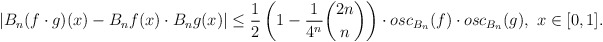
\begin{align*}\left|B_n(f\cdot g)(x)-B_nf(x)\cdot B_ng(x)\right|\leq\frac{1}{2}\left(1-\frac{1}{4^n}\binom{2n}{n}\right)\cdot osc_{B_n}(f)\cdot osc_{B_n}(g),\ x\in[0,1].\end{align*}